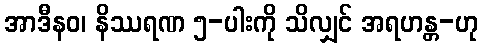
အာဒီနဝ၊ နိဿရဏ ၅-ပါးကို သိလျှင် အရဟန္တ-ဟု